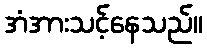
အံအားသင့်နေသည်။